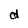
Character: d